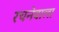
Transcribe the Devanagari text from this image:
रचनेवाला